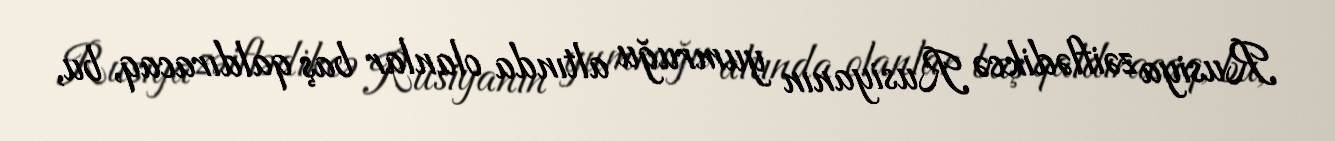
Rusiya zəiflədikcə Rusiyanın yumruğu altında olanlar baş qaldıracaq, bu,